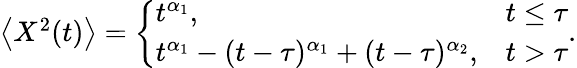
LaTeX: \begin{array}{r}{\left<X^{2}(t)\right>=\left\{ \begin{array}{ll}{t^{\alpha_{1}},}&{t\leq\tau}\\ {t^{\alpha_{1}}-(t-\tau)^{\alpha_{1}}+(t-\tau)^{\alpha_{2}},}&{t>\tau}\end{array}\right..}\end{array}